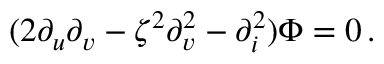
( 2 \partial _ { u } \partial _ { v } - \zeta ^ { 2 } \partial _ { v } ^ { 2 } - \partial _ { i } ^ { 2 } ) \Phi = 0 \, .